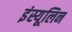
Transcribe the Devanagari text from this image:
इंस्यूलिन